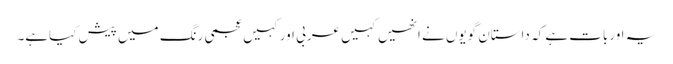
یہ اوربات ہے کہ داستان گویوں نے انھیں کہیں عربی اورکہیں عجمی رنگ میں پیش کیاہے۔